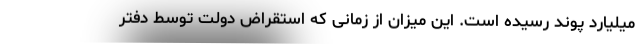
میلیارد پوند رسیده است. این میزان از زمانی که استقراض دولت توسط دفتر